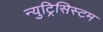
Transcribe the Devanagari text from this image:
न्युट्रिसिस्टम